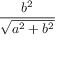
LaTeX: \frac { b ^ { 2 } } { \sqrt { a ^ { 2 } + b ^ { 2 } } }